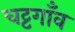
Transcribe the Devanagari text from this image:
चट्टगाँव